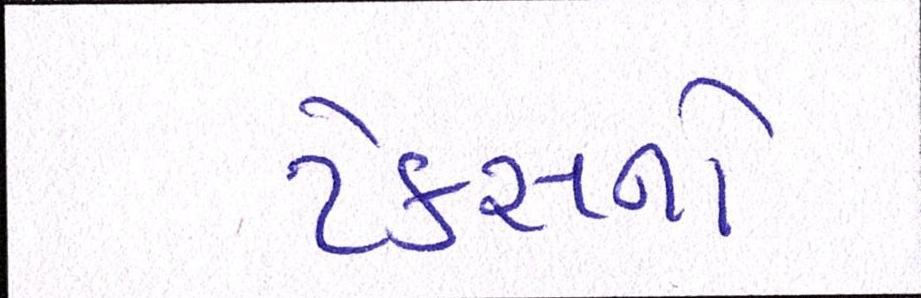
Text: ટેકસનો